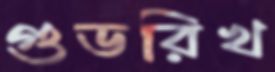
গুডরিখ